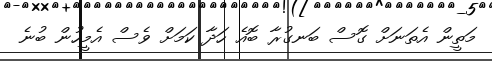
މަތީން އެތަނަށް ގޮސް ބަނގުރާ ބޮއެ ހަދާ ކަމަށް ވެސް އެމީހުން ބުނެ